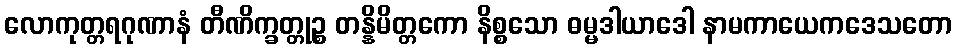
လောကုတ္တရဂုဏာနံ တီဏိက္ခတ္တုဉ္စ တန္နိမိတ္တကော နိစ္စသော ဓမ္မဒါယာဒေါ နာမကာယေကဒေသတော